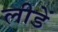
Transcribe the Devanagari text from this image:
लीडें